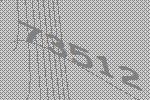
73512